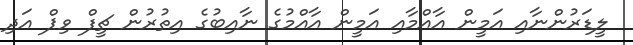
ލީޑަރުންނާއި އަމީން އާއްމާއި އަމީން އާއްމުގެ ނާއިބުގެ އިތުރުން ޗީފް ވިޕް އަދި